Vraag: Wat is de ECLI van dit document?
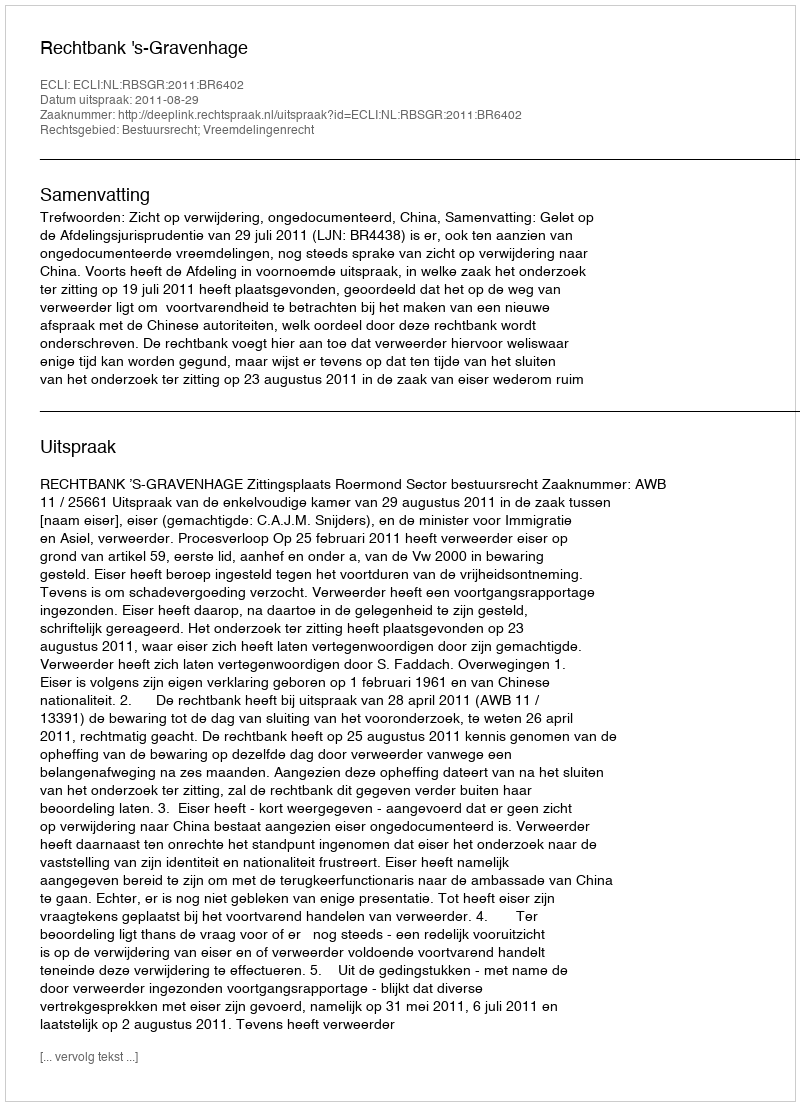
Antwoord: ECLI:NL:RBSGR:2011:BR6402